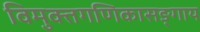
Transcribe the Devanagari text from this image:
विमुक्तगणिकासङ्गाय